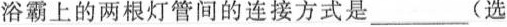
浴霸上的两根灯管间的连接方式是___(选